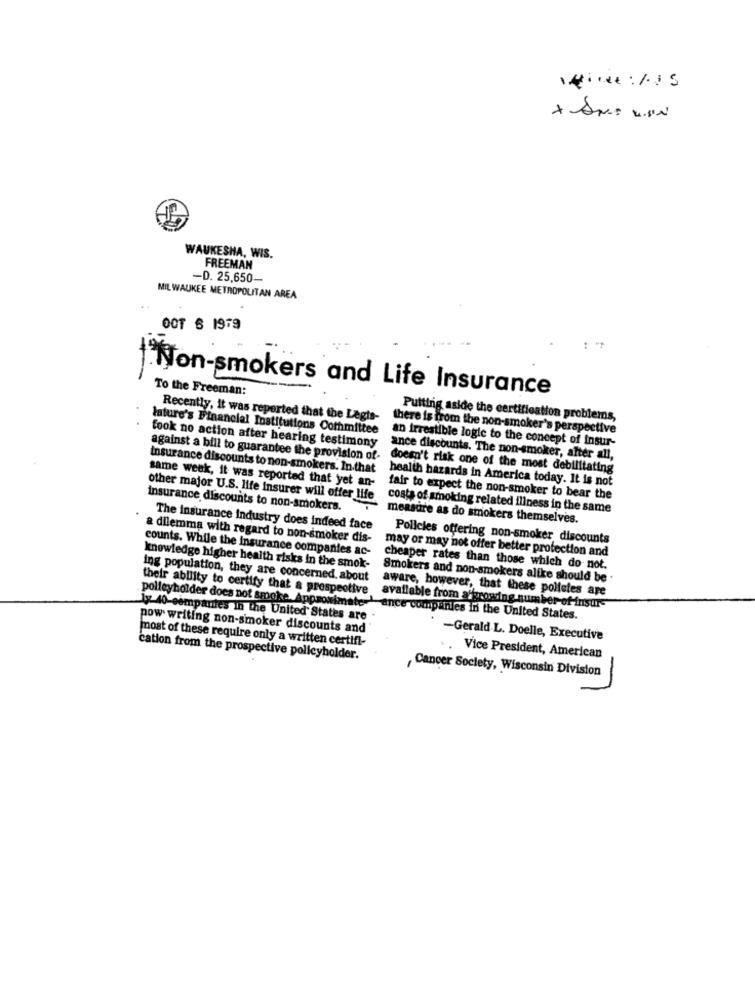
WAUKESHA, WIS.
FREEMAN
-D. 25.650-
MILWAUKEE METROPOLITAN AREA
OCT 6 1979
Non-smokers and Life Insurance
To the Freeman:
Putting aside the certification problems,
lature's Financial Institutions Committee
Recently, it was reported that the Legis- there is from the non-smoker's perspective
fook no action after hearing testimony
an irrestible logic to the concept of insur-
against a bill to guarantee the provision of-
ance discounts. The non-smoker, after all,
doesn't risk one of the most debilitating
insurance discounts to non-smokers. In that health hazards in America today. It is not
same week, it was reported that yet an-
other major U.S. life insurer will offer life
fair to expect the non-smoker to bear the
insurance discounts to non-smokers.
costa of smoking related illness in the same
measure as do smokers themselves.
The insurance industry does indeed face
a dilemma with regard to non-smoker dis-
Policies offering non-smoker discounts
counts. While the insurance companies ac-
may or may not offer better protection and
knowledge higher health risks in the smok-
cheaper rates than those which do not.
ing population, they are concerned, about
Smokers and non-smokers alike should be .
their ability to certify that a prospective
aware, however, that these policies are
polleyholder does not smockse. Approximate
available from affgrowing number-of-insur-
ly 40 companies in the United States are
ence companies in the United States.
pow writing non-smoker discounts and
most of these require only a written certifi-
-Gerald.L. Doelle, Executive
cation from the prospective policyholder.
Vice President, American
, Cancer Society, Wisconsin Division